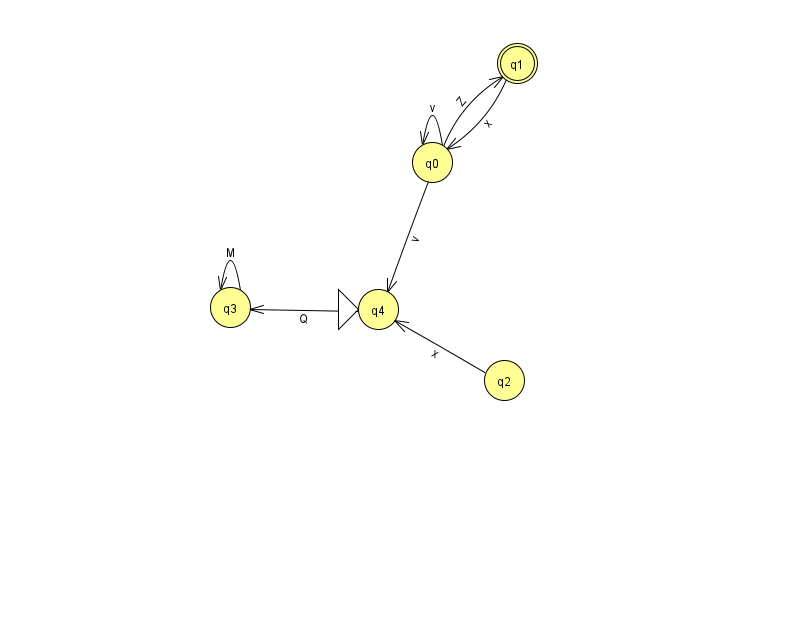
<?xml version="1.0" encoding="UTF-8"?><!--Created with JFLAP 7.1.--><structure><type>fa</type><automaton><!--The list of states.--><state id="0" name="q0"><x>432.0</x><y>149.0</y></state><state id="1" name="q1"><x>517.0</x><y>50.0</y><final/></state><state id="2" name="q2"><x>504.0</x><y>367.0</y></state><state id="3" name="q3"><x>230.0</x><y>294.0</y></state><state id="4" name="q4"><x>378.0</x><y>296.0</y><initial/></state><!--The list of transitions.--><transition><from>2</from><to>4</to><read>x</read></transition><transition><from>0</from><to>4</to><read>v</read></transition><transition><from>0</from><to>0</to><read>v</read></transition><transition><from>4</from><to>3</to><read>Q</read></transition><transition><from>1</from><to>0</to><read>x</read></transition><transition><from>3</from><to>3</to><read>M</read></transition><transition><from>0</from><to>1</to><read>Z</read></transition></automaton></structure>